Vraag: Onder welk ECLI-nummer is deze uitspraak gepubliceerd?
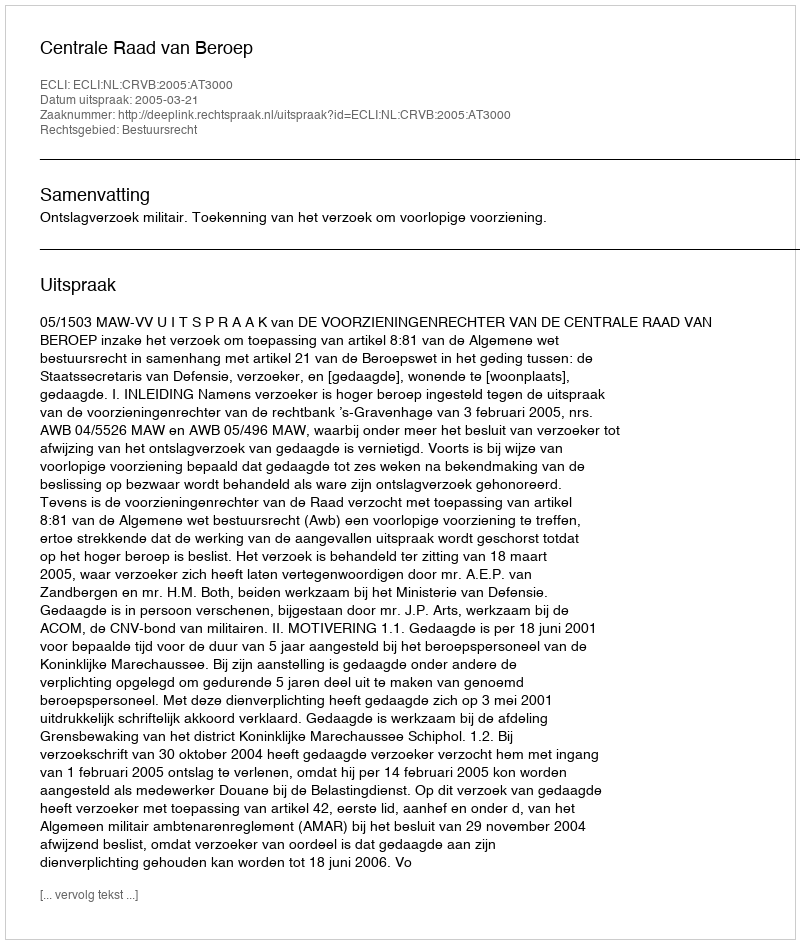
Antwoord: ECLI:NL:CRVB:2005:AT3000